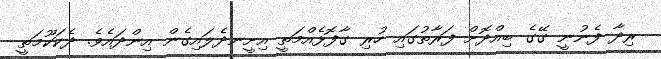
ރިދާ ފެނުނީ ގޭގެ ބިއްދޮށް ފަރާތުގައި ހުރި ގާފޮޅެއްމަތީ އިށީނދެލައިގެން އިންދައެވެ. ދެކަކޫމަތީ